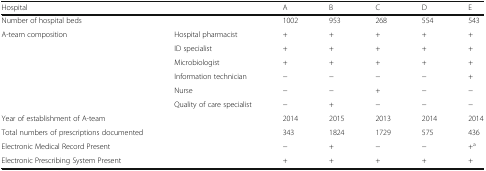
| Hospital |  | A | B | C | D | E |
 | --- | --- | --- | --- | --- | --- | --- |
 | Number of hospital beds |  | 1002 | 953 | 268 | 554 | 543 |
 | <ROWSPAN=6> A-team composition | Hospital pharmacist | + | + | + | + | + |
 | ID specialist | + | + | + | + | + |
 | Microbiologist | + | + | + | + | + |
 | Information technician | − | − | − | − | + |
 | Nurse | − | − | + | − | − |
 | Quality of care specialist | − | + | − | − | − |
 | Year of establishment of A-team |  | 2014 | 2015 | 2013 | 2014 | 2014 |
 | Total numbers of prescriptions documented |  | 343 | 1824 | 1729 | 575 | 436 |
 | Electronic Medical Record Present |  | − | + | − | − | +a |
 | Electronic Prescribing System Present |  | + | + | + | + | + |